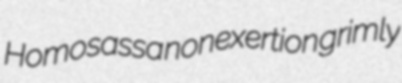
Homosassa nonexertion grimly